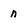
Character: n